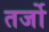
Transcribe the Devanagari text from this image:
तर्जो